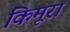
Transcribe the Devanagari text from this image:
किमूरा